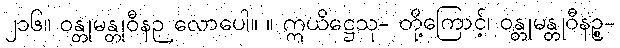
၂၁၆။ ဝန္တုမန္တုဝီနဉ လောပေါ။ ။ ဣယိဋ္ဌေသု- တို့ကြောင့်၊ ဝန္တုမန္တုဝီနဉ္စ-